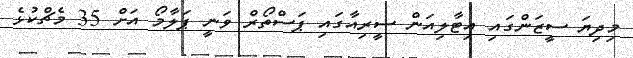
މިދިޔަ ސީޒަންގައި އިޓާލިއަން ސީރިއާގައި ޕަސްތޯރް ވަނީ ޕަލާމޯ އަށް 35 މެޗްކުޅެ